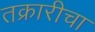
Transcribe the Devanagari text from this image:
तक्रारीचा